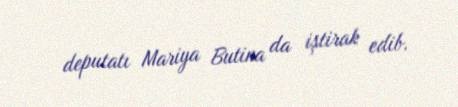
deputatı Mariya Butina da iştirak edib.